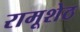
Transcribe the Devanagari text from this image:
रामूशेठ